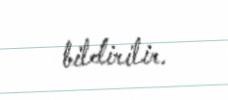
bildirilir.